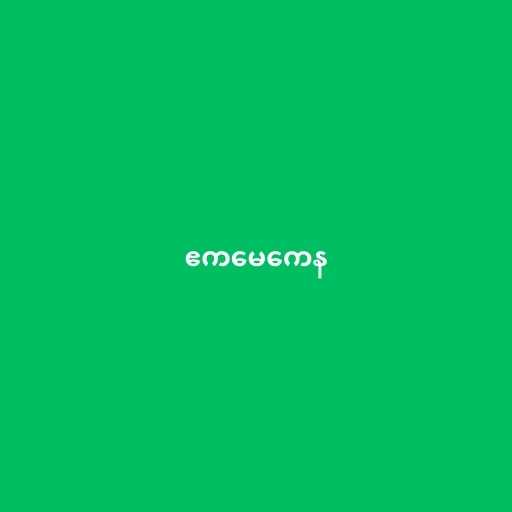
ဧကမေကေန